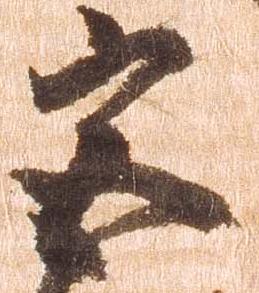
宮